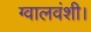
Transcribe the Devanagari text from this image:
ग्वालवंशी।